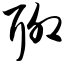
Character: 聊